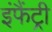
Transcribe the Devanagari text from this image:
इंफैंट्री